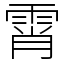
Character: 霄